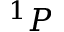
^ 1 P